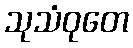
သုသံဝုတေ